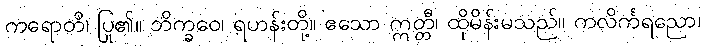
ကရောတိ၊ ပြု၏။ ဘိက္ခဝေ၊ ရဟန်းတို့။ ဧသော ဣတ္တီ၊ ထိုမိန်းမသည်။ ကလိင်္ကရညော၊